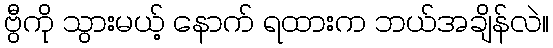
ဗွီကို သွားမယ့် နောက် ရထားက ဘယ်အချိန်လဲ။